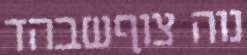
נוה צוףשבהד